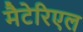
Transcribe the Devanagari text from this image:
मैटेरिएल